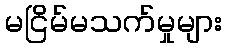
မငြိမ်မသက်မှုများ